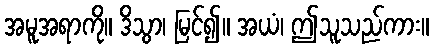
အမူအရာကို။ ဒိသွာ၊ မြင်၍။ အယံ၊ ဤသူသည်ကား။